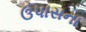
ઉપાસના